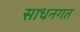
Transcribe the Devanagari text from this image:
साधनगत